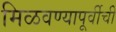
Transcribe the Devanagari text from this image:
मिळवण्यापूर्वीची